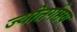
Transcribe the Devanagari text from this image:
ज्योतर्गमय